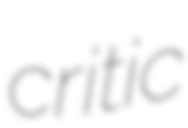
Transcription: critic